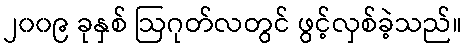
၂၀၀၉ ခုနှစ် ဩဂုတ်လတွင် ဖွင့်လှစ်ခဲ့သည်။